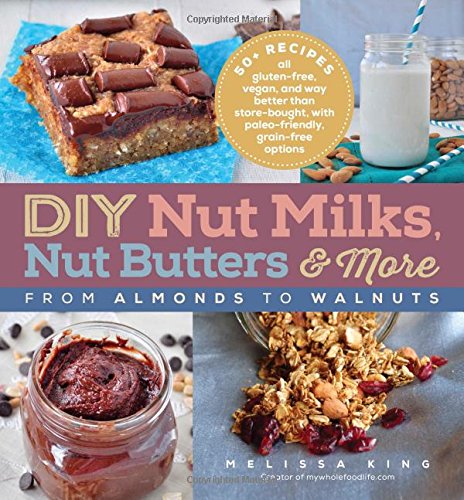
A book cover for DIY Nut Milks, Nut Butters, and More: From Almonds to Walnuts; Melissa King; Cookbooks, Food & Wine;